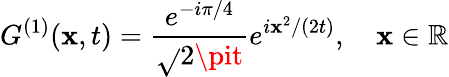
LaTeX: G^{(1)}(\mathbf{x},t)=\frac{{e^{-i\pi/4}}}{{\sqrt{}{{2\pit}}}}e^{i\mathbf{x}^{2}/(2t)},\quad\mathbf{x}\in\mathbb{{R}}